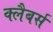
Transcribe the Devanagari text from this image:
क्लैबर्स